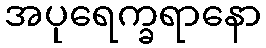
အပုရေက္ခရာနော